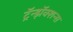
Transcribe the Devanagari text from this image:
ट्रॅन्झॅक्शन्स